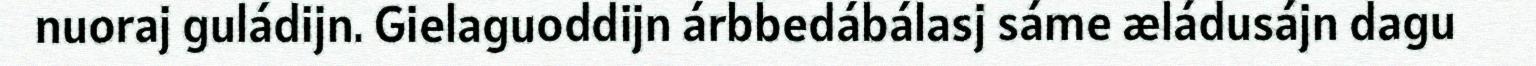
nuoraj guládijn. Gielaguoddijn árbbedábálasj sáme æládusájn dagu